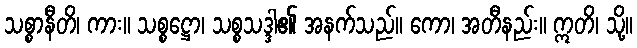
သစ္စာနီတိ၊ ကား။ သစ္စဋ္ဌော၊ သစ္စသဒ္ဒါ၏ အနက်သည်။ ကော၊ အတီနည်း။ ဣတိ၊ သို့။